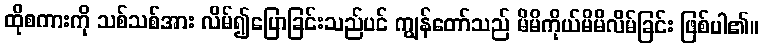
ထိုစကားကို သစ်သစ်အား လိမ်၍ပြောခြင်းသည်ပင် ကျွန်တော်သည် မိမိကိုယ်မိမိလိမ်ခြင်း ဖြစ်ပါ၏။